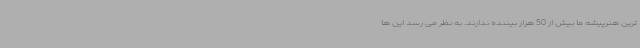
ترین هنرپیشه ما بیش از 50 هزار بیننده ندارند. به نظر می رسد این ها